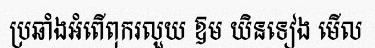
ប្រឆាំងអំពើពុករលួយ ឱម យិនទៀង មើល